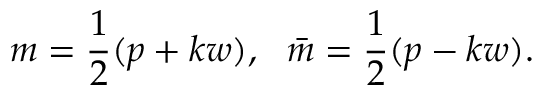
m = \frac { 1 } { 2 } ( p + k w ) , ~ ~ \bar { m } = \frac { 1 } { 2 } ( p - k w ) .